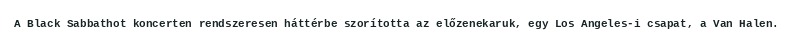
A Black Sabbathot koncerten rendszeresen háttérbe szorította az előzenekaruk, egy Los Angeles-i csapat, a Van Halen.